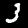
Label: 3